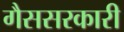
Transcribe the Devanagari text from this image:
गैससरकारी